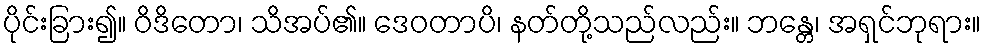
ပိုင်းခြား၍။ ဝိဒိတော၊ သိအပ်၏။ ဒေဝတာပိ၊ နတ်တို့သည်လည်း။ ဘန္တေ၊ အရှင်ဘုရား။